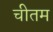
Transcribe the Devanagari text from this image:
चीतम